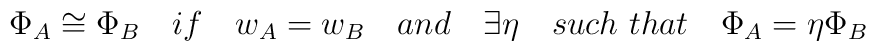
\Phi _{A}\cong \Phi _{B}\quad if\quad w_{A}=w_{B}\quad and\quad \exists \eta\quad such\ that\quad \Phi _{A}=\eta \Phi _{B}